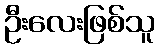
ဦးလေးဖြစ်သူ